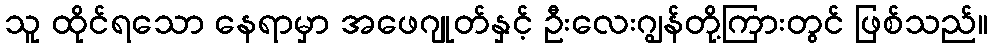
သူ ထိုင်ရသော နေရာမှာ အဖေဂျုတ်နှင့် ဦးလေးဂျွန်တို့ကြားတွင် ဖြစ်သည်။